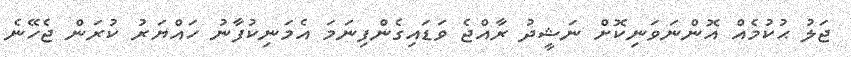
ޖަލު ޙުކުމެއް އޮންނަވަނިކޮށް ނަޝީދު ރާއްޖެ ވަޑައިގެންފިނަމަ އެމަނިކުފާނު ހައްޔަރު ކުރަން ޖެހޭނެ